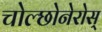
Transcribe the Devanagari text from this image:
चोल्छोनेरोस्